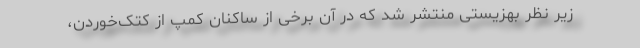
زیر نظر بهزیستی منتشر شد که در آن برخی از ساکنان کمپ از کتک‌خوردن،